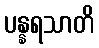
ပန္နရသာတိ